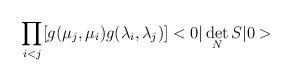
LaTeX: \begin{align*}\prod_{i<j}[g(\mu_j,\mu_i)g(\lambda_i,\lambda_j)]<0|\det_N S |0>\end{align*}